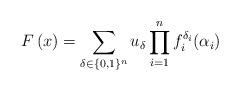
LaTeX: \begin{align*}F\left(x\right)=\sum_{\delta\in\{0,1\}^{n}}u_{\delta}\prod_{i=1}^{n}f_{i}^{\delta_{i}}(\alpha_{i})\end{align*}